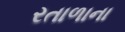
રતાળાના